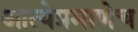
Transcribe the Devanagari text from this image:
आत्येप्रमाणेच